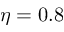
\eta = 0 . 8